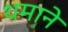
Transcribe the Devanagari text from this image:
थमाने